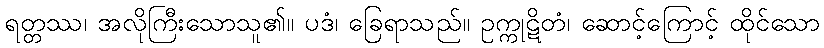
ရတ္တဿ၊ အလိုကြီးသောသူ၏။ ပဒံ၊ ခြေရာသည်။ ဥက္ကုဋိတံ၊ ဆောင့်ကြောင့် ထိုင်သော